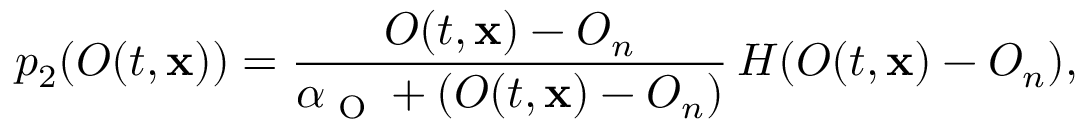
p _ { 2 } ( O ( t , \mathbf { x } ) ) = \frac { O ( t , \mathbf { x } ) - O _ { n } } { \alpha _ { \textup { O } } + ( O ( t , \mathbf { x } ) - O _ { n } ) } \, H ( O ( t , \mathbf { x } ) - O _ { n } ) ,